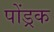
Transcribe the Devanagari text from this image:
पोंड्रक